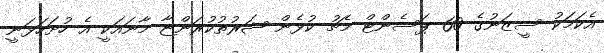
އެކަމަކު ސީޒަނުގެ 60 ޕަސެންޓް މެޗު ކުޅެން ޝަރުތުކުރަންޏާ މާނައަކީ އެ ހުށަހަޅަނީ